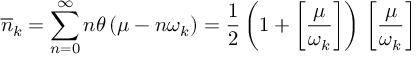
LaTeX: \overline { { { n } } } _ { k } = \sum _ { n = 0 } ^ { \infty } n \theta \left( \mu - n \omega _ { k } \right) = \frac { 1 } { 2 } \left( 1 + \left[ \frac { \mu } { \omega _ { k } } \right] \right) \, \left[ \frac { \mu } { \omega _ { k } } \right] \,